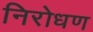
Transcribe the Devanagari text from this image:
निरोधण